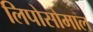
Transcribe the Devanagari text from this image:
लिपोसोमाल